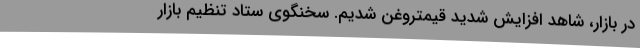
در بازار، شاهد افزایش شدید قیمتروغن شدیم. سخنگوی ستاد تنظیم بازار